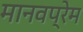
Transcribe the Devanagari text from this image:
मानवप्रेम